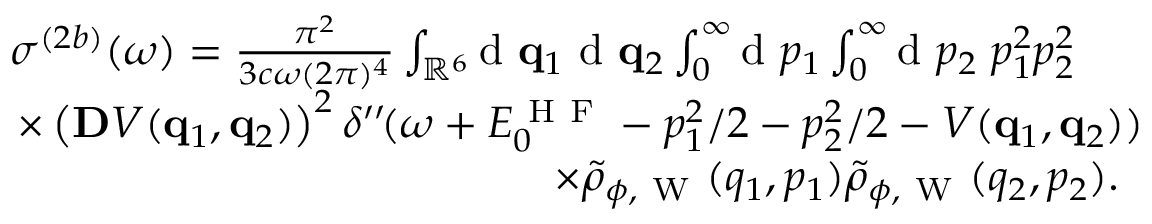
\begin{array} { r } { \sigma ^ { ( 2 b ) } ( \omega ) = \frac { \pi ^ { 2 } } { 3 c \omega ( 2 \pi ) ^ { 4 } } \int _ { \mathbb { R } ^ { 6 } } \! \! \ensuremath { \mathrm { ~ d ~ } } \ensuremath { \mathbf { q } } _ { 1 } \ensuremath { \mathrm { ~ d ~ } } \ensuremath { \mathbf { q } } _ { 2 } \int _ { 0 } ^ { \infty } \! \! \ensuremath { \mathrm { ~ d ~ } } p _ { 1 } \int _ { 0 } ^ { \infty } \! \! \ensuremath { \mathrm { ~ d ~ } } p _ { 2 } \; p _ { 1 } ^ { 2 } p _ { 2 } ^ { 2 } \phantom { x x x } } \\ { \times \left( \ensuremath { \mathbf { D } } V ( \ensuremath { \mathbf { q } } _ { 1 } , \ensuremath { \mathbf { q } } _ { 2 } ) \right) ^ { 2 } \delta ^ { \prime \prime } \! ( \omega + E _ { 0 } ^ { \mathrm { ~ H ~ F ~ } } - p _ { 1 } ^ { 2 } / 2 - p _ { 2 } ^ { 2 } / 2 - V ( \ensuremath { \mathbf { q } } _ { 1 } , \ensuremath { \mathbf { q } } _ { 2 } ) ) } \\ { \times \tilde { \rho } _ { \phi , \mathrm { ~ W ~ } } ( q _ { 1 } , p _ { 1 } ) \tilde { \rho } _ { \phi , \mathrm { ~ W ~ } } ( q _ { 2 } , p _ { 2 } ) . \; \; } \end{array}